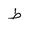
Letter: _da